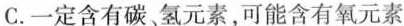
C.一定含有碳、氢元素，可能含有氧元素